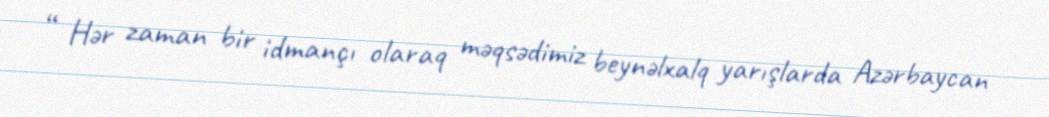
“ Hər zaman bir idmançı olaraq məqsədimiz beynəlxalq yarışlarda Azərbaycan